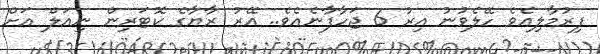
ފިރުމާލިއެވެ ހޭލެވުނު އިރު 6 ޖަހާފާނެއެވެ.. އޭރު ރާޔާގެ ކޮޓަރިން ނިއަލް އަށް